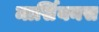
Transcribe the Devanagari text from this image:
मार्सियनस